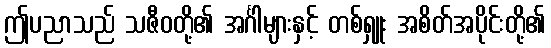
ဤပညာသည် သဇီဝတို့၏ အင်္ဂါများနှင့် တစ်ရှူး အစိတ်အပိုင်းတို့၏